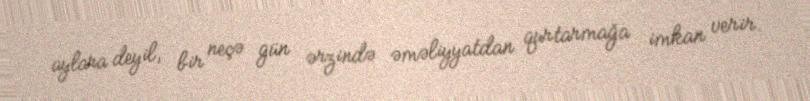
aylara deyil, bir neçə gün ərzində əməliyyatdan qurtarmağa imkan verir.